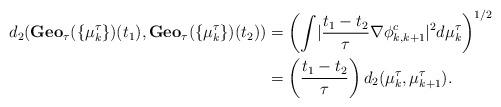
LaTeX: \begin{align*} d_2(\mathbf{Geo}_{\tau}(\{ \mu_{k}^{\tau} \})(t_1),\mathbf{Geo}_{\tau}(\{ \mu_{k}^{\tau} \})(t_2)) &= \left( \int \lvert \frac{t_1-t_2}{\tau} \nabla \phi_{k,k+1}^{c} \rvert^2 d \mu_{k}^{\tau} \right)^{1/2} \\& = \left( \frac{t_1-t_2}{\tau} \right) d_2(\mu_{k}^{\tau}, \mu_{k+1}^{\tau}). \end{align*}